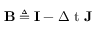
\ensuremath { \mathbf { B } } \triangleq { \mathbf { I } } - \ensuremath { \Delta \mathrm { ~ t ~ } } \ensuremath { \mathbf { J } }